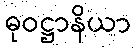
ဓုဝဋ္ဌာနိယာ